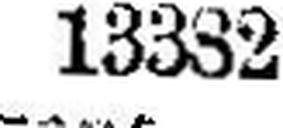
13332